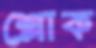
শ্লোক